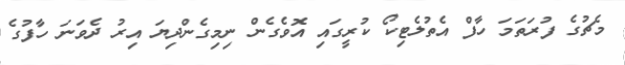
މެޗުގެ ފުރަތަމަ ހާފް އެތުލެޓިކޯ ކުރީގައި އޮވެގެން ނިމިގެންދިޔަ އިރު ދެވަނަ ހާފުގެ